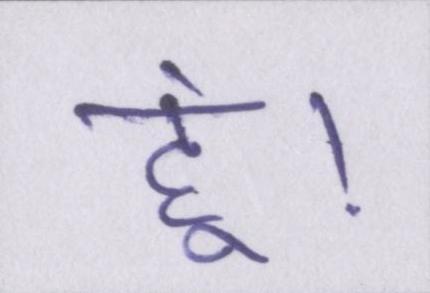
हूं।